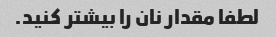
لطفا مقدار نان را بیشتر کنید.